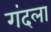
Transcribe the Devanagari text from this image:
गंदला